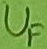
Text: UF